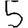
Digit: 5